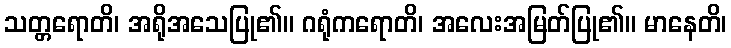
သတ္တရောတိ၊ အရိုအသေပြု၏။ ဂရုံကရောတိ၊ အလေးအမြတ်ပြု၏။ မာနေတိ၊